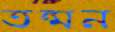
তন্মন